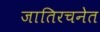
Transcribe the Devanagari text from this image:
जातिरचनेत